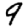
Digit: 9